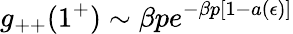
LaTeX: g_{++}(1^{+})\sim\beta pe^{-\beta p[1-a(\epsilon)]}